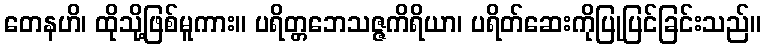
တေနဟိ၊ ထိုသို့ဖြစ်မူကား။ ပရိတ္တဘေသဇ္ဇကိရိယာ၊ ပရိတ်ဆေးကိုပြုပြင်ခြင်းသည်။